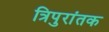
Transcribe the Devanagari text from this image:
त्रिपुरांतक